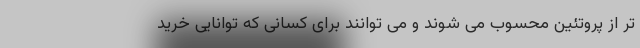
تر از پروتئین محسوب می شوند و می توانند برای کسانی که توانایی خرید